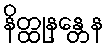
နိတ္ထုနန္တေန